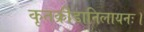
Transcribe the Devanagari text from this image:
कृतक्रीडानिलायनः।